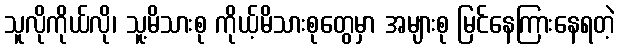
သူလိုကိုယ်လို၊ သူ့မိသားစု ကိုယ့်မိသားစုတွေမှာ အများစု မြင်နေကြားနေရတဲ့